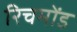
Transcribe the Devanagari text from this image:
रिचमोंड